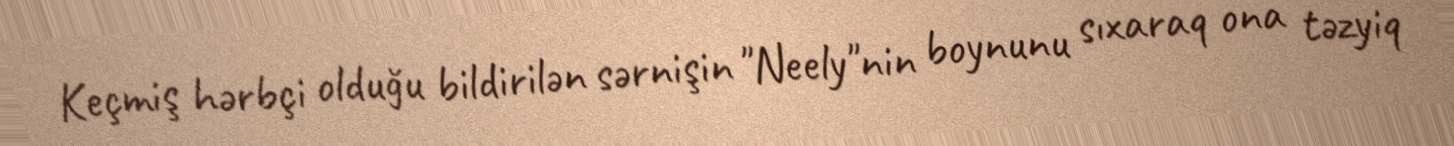
Keçmiş hərbçi olduğu bildirilən sərnişin "Neely"nin boynunu sıxaraq ona təzyiq